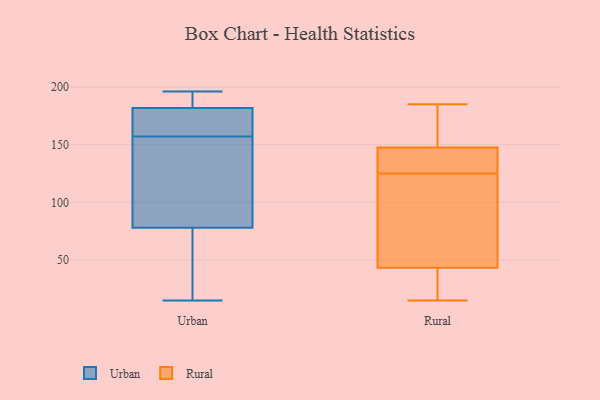
{"axis": {"x": "Satisfaction Score", "y": "Value"}, "legend": ["Rural", "Urban"], "data": [{"x": "", "y": 187, "type": "Urban"}, {"x": "", "y": 87, "type": "Urban"}, {"x": "", "y": 171, "type": "Urban"}, {"x": "", "y": 15, "type": "Urban"}, {"x": "", "y": 181, "type": "Urban"}, {"x": "", "y": 182, "type": "Urban"}, {"x": "", "y": 186, "type": "Urban"}, {"x": "", "y": 157, "type": "Urban"}, {"x": "", "y": 196, "type": "Urban"}, {"x": "", "y": 135, "type": "Urban"}, {"x": "", "y": 157, "type": "Urban"}, {"x": "", "y": 70, "type": "Urban"}, {"x": "", "y": 162, "type": "Urban"}, {"x": "", "y": 68, "type": "Urban"}, {"x": "", "y": 113, "type": "Urban"}, {"x": "", "y": 75, "type": "Urban"}, {"x": "", "y": 18, "type": "Urban"}, {"x": "", "y": 182, "type": "Urban"}, {"x": "", "y": 142, "type": "Urban"}, {"x": "", "y": 185, "type": "Rural"}, {"x": "", "y": 89, "type": "Rural"}, {"x": "", "y": 146, "type": "Rural"}, {"x": "", "y": 95, "type": "Rural"}, {"x": "", "y": 129, "type": "Rural"}, {"x": "", "y": 173, "type": "Rural"}, {"x": "", "y": 46, "type": "Rural"}, {"x": "", "y": 125, "type": "Rural"}, {"x": "", "y": 18, "type": "Rural"}, {"x": "", "y": 146, "type": "Rural"}, {"x": "", "y": 152, "type": "Rural"}, {"x": "", "y": 15, "type": "Rural"}, {"x": "", "y": 35, "type": "Rural"}]}